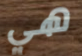
هي